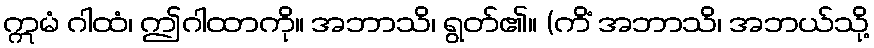
ဣမံ ဂါထံ၊ ဤဂါထာကို။ အဘာသိ၊ ရွတ်၏။ (ကိံ အဘာသိ၊ အဘယ်သို့